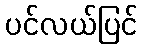
ပင်လယ်ပြင်